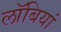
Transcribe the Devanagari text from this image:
लॉबियां